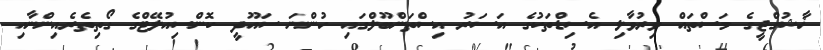
ޚާޝުގްޖީގެ މަސްތައް ވިރުވާލި އެސިޑްތަކުގެ އަސަރު އިސްތަންބޫލްގައި ހުންނަ ސައޫދީ ކޮންސިއުލޭޓްގެ ގޯތިތެރެއިންނާއި